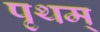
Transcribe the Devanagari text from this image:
पृथम्‌